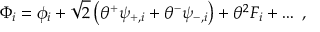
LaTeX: \Phi _ { i } = \phi _ { i } + \sqrt { 2 } \left( \theta ^ { + } \psi _ { + , i } + \theta ^ { - } \psi _ { - , i } \right) + \theta ^ { 2 } F _ { i } + \ldots \ ,